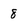
Character: 8